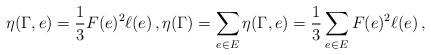
LaTeX: \begin{align*} \eta(\Gamma,e) = \frac{1}{3}F(e)^2\ell(e) \, , \eta(\Gamma)= \sum_{e \in E} \eta(\Gamma,e) = \frac{1}{3} \sum_{e \in E} F(e)^2\ell(e) \, ,\end{align*}